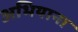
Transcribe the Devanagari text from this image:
अभियाना